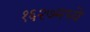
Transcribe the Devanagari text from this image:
१६२७मध्ये